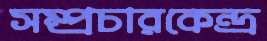
সম্প্রচারকেন্দ্র